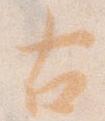
古